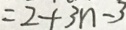
= 2 + 3 n - 3